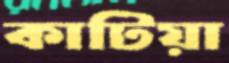
কাটিয়া